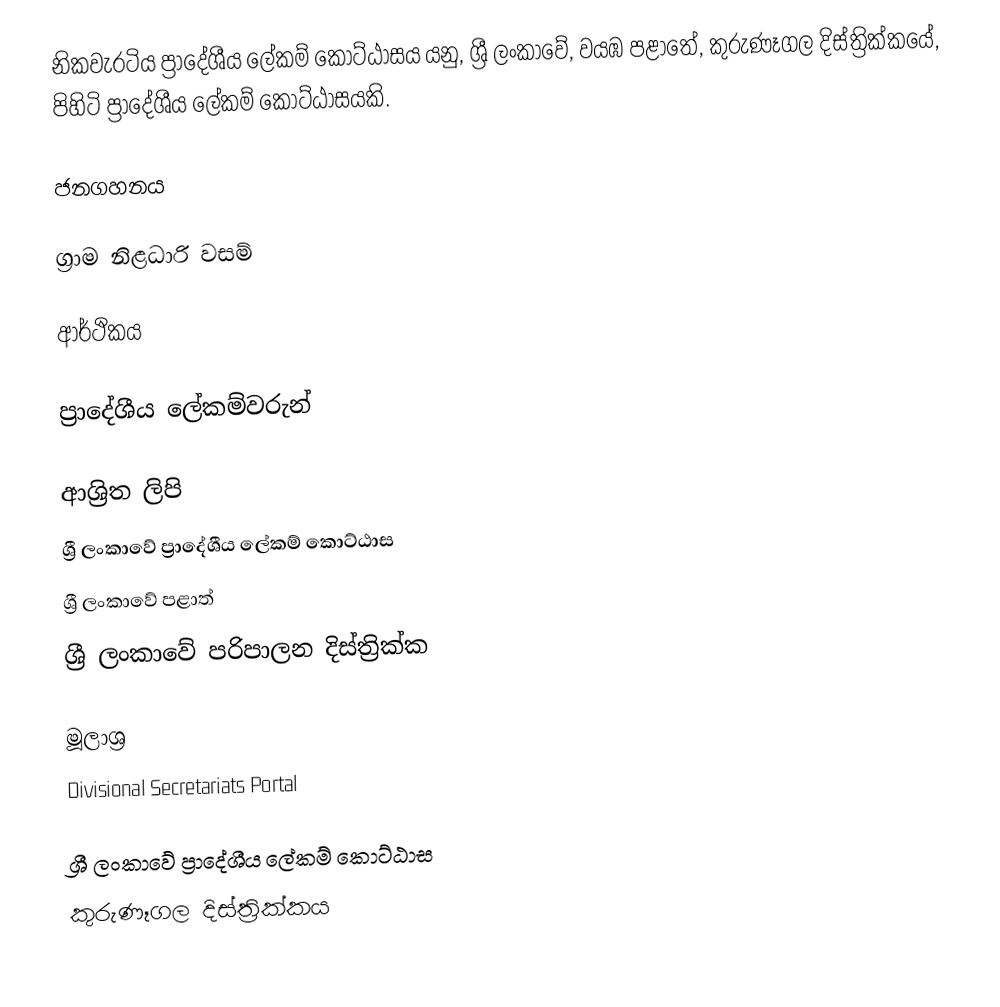
නිකවැරටිය ප්‍රාදේශීය ලේකම් කොට්ඨාසය යනු,  ශ්‍රී ලංකාවේ, වයඹ පළාතේ,   කුරුණෑගල දිස්ත්‍රික්කයේ, පිහිටි ප්‍රාදේශීය ලේකම් කොට්ඨාසයකි.

ජනගහනය

ග්‍රාම නිළධාරි වසම්

ආර්ථිකය

ප්‍රාදේශීය ලේකම්වරුන්

ආශ්‍රිත ලිපි
ශ්‍රී ලංකාවේ ප්‍රාදේශීය ලේකම් කොට්ඨාස
ශ්‍රී ලංකාවේ පළාත්
ශ්‍රී ලංකාවේ පරිපාලන දිස්ත්‍රික්ක

මූලාශ්‍ර
 Divisional Secretariats Portal

ශ්‍රී ලංකාවේ ප්‍රාදේශීය ලේකම් කොට්ඨාස
කුරුණෑගල දිස්ත්‍රික්කය